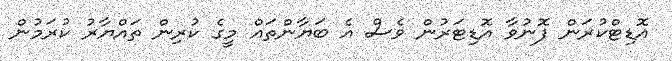
އޮޑިޓްކުރަން ފޮނުވާ އޮޑިޓަރުން ވެސް އެ ބަޔާންތައް މީގެ ކުރިން ތައްޔާރު ކުރަމުން